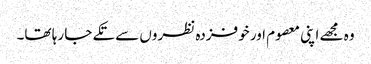
وہ مجھے اپنی معصوم اور خوفزدہ نظروں سے تکے جا رہا تھا۔